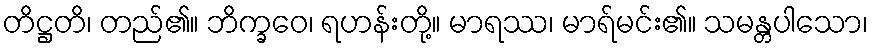
တိဋ္ဌတိ၊ တည်၏။ ဘိက္ခဝေ၊ ရဟန်းတို့။ မာရဿ၊ မာရ်မင်း၏။ သမန္တပါသော၊